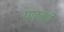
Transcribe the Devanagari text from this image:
पाठकी